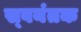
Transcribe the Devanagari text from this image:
स्‍वयंतक